Civil Veterinary Department. Central Provinces & Berar 1925-31 - 1925-1931
Year: 1925
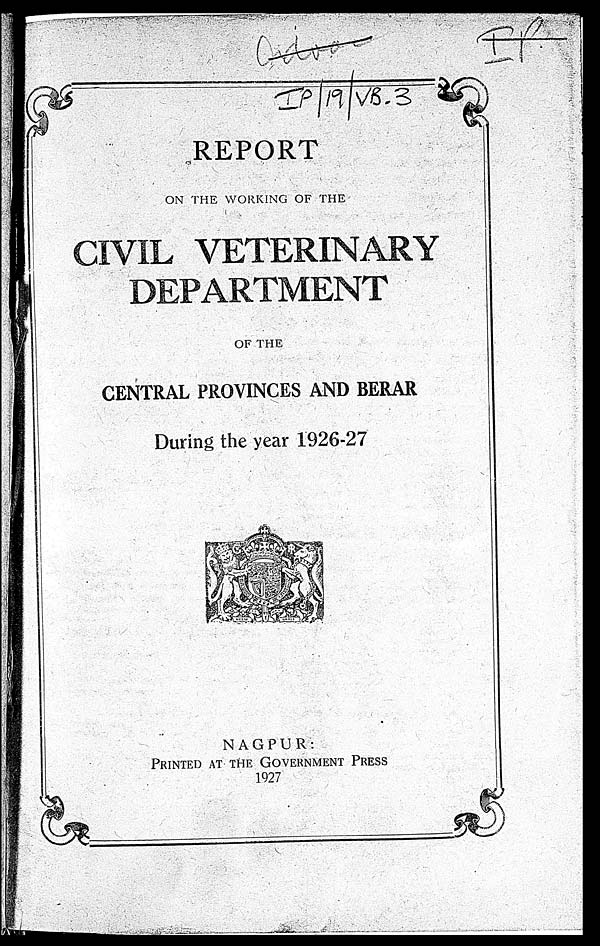
REPORT
ON THE WORKING OF THE
CIVIL VETERINARY
DEPARTMENT
OF THE
CENTRAL PROVINCES AND BERAR
During the year 1926-27
NAGPUR :
PRINTED AT THE GOVERNMENT PRESS
1927